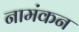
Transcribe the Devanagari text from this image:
नामंकन